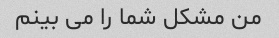
من مشکل شما را می بینم